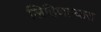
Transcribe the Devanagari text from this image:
लिहिणाऱ्यास